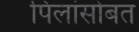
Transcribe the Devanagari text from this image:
पिलांसोबत